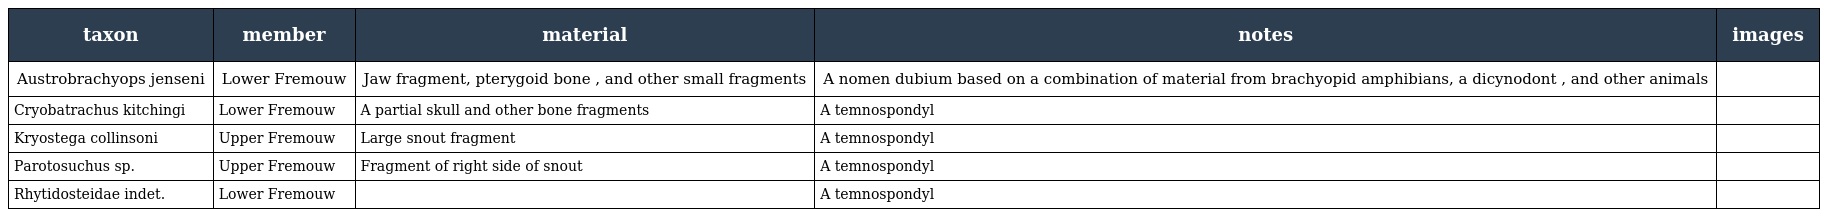
| taxon | member | material | notes | images |
 | --- | --- | --- | --- | --- |
 | Austrobrachyops jenseni | Lower Fremouw | Jaw fragment, pterygoid bone , and other small fragments | A nomen dubium based on a combination of material from brachyopid amphibians, a dicynodont , and other animals |  |
 | Cryobatrachus kitchingi | Lower Fremouw | A partial skull and other bone fragments | A temnospondyl |  |
 | Kryostega collinsoni | Upper Fremouw | Large snout fragment | A temnospondyl |  |
 | Parotosuchus sp. | Upper Fremouw | Fragment of right side of snout | A temnospondyl |  |
 | Rhytidosteidae indet. | Lower Fremouw |  | A temnospondyl |  |